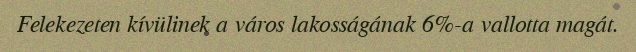
Felekezeten kívülinek a város lakosságának 6%-a vallotta magát.